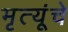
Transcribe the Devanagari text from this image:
मृत्यूंचे